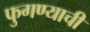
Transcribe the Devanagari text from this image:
फुगण्याची